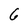
Character: 6